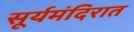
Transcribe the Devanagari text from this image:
सूर्यमंदिरात